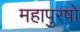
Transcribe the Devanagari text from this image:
महापुरषो